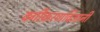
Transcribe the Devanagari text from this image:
वर्गीकरणविज्ञानी